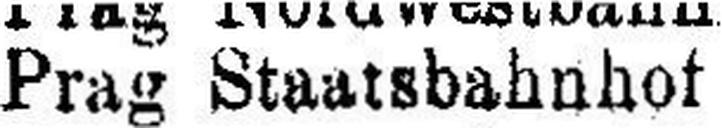
Prag Staatsbahnhof